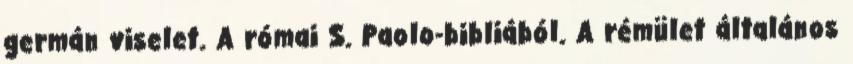
germán viselet. A római S. Paolo-bibliából. A rémület általános